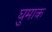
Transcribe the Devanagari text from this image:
घुमाक